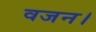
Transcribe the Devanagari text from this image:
वजन।